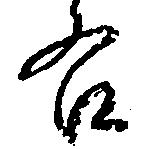
右